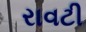
રાવટી